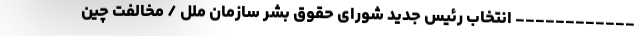
------------ انتخاب رئیس جدید شورای حقوق بشر سازمان ملل / مخالفت چین